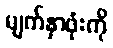
မျက်နှာဖုံးကို